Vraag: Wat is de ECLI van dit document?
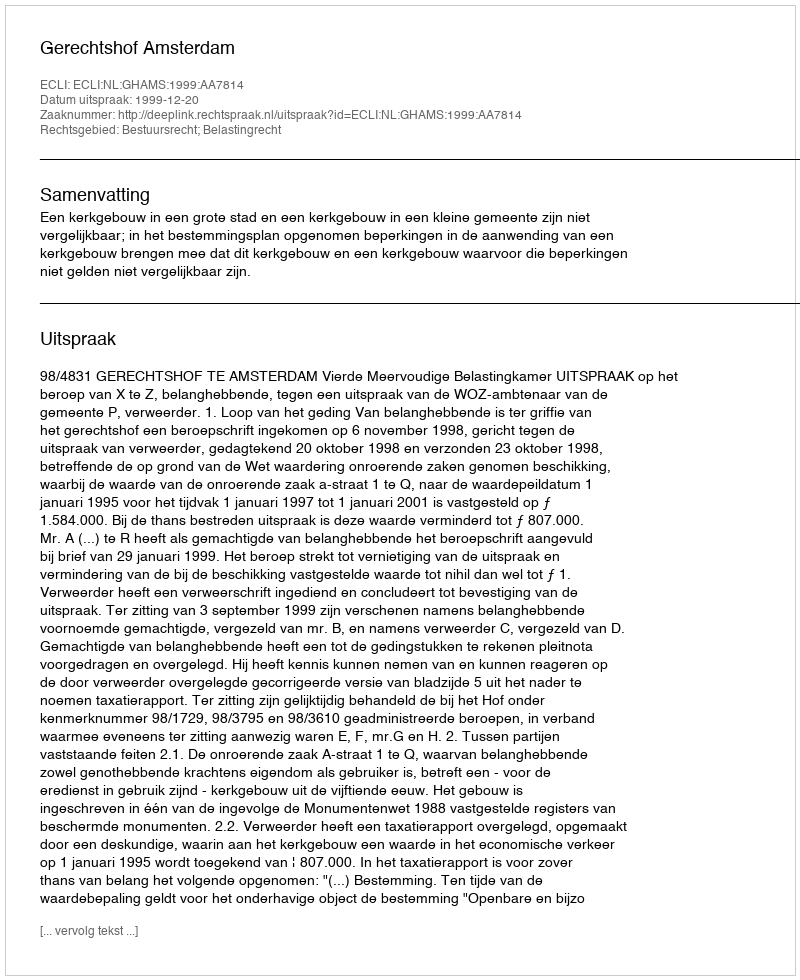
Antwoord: ECLI:NL:GHAMS:1999:AA7814